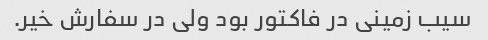
سیب زمینی در فاکتور بود ولی در سفارش خیر.